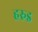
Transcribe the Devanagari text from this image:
हरुइ